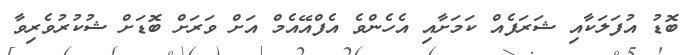
ބޮޑު އުފަލަކާއި ޝަރަފެއް ކަމަށާއި އެހެންވެ އެފްއޭއެމް އަށް ވަރަށް ބޮޑަށް ޝުކުރުވެރިވާ